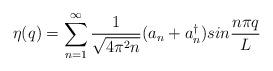
LaTeX: \begin{align*}\eta (q) = \sum_{n=1}^{\infty} {1\over\sqrt{4\pi^2 n}}(a_n +a_n^\dagger ) sin{n\pi q\over L} \end{align*}